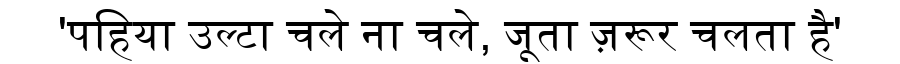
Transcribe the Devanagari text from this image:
'पहिया उल्टा चले ना चले, जूता ज़रूर चलता है'